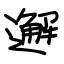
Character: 邂